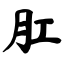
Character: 肛